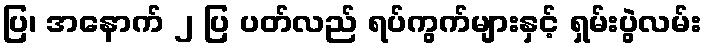
ပြ၊ အနောက် ၂ ပြ ပတ်လည် ရပ်ကွက်များနှင့် ရှမ်းပွဲလမ်း